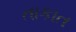
તાકાત